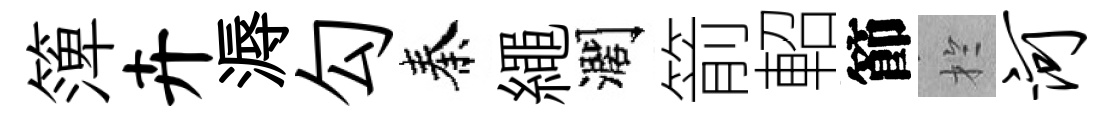
𥱼卉溽勾秦繩濶箭軺節扵河